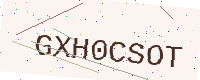
Text: GXH0CSOT